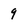
Character: 9